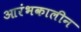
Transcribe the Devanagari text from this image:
आरंभकालीन